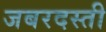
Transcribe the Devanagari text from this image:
जबरदस्‍ती